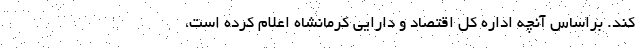
کند. براساس آنچه اداره کل اقتصاد و دارایی کرمانشاه اعلام کرده است،